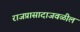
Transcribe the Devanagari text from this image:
राजप्रासादाजवळील